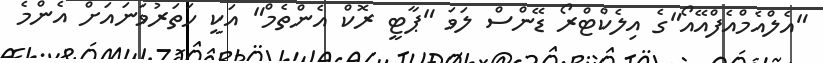
"އެލްއެމްއެފްއޭއޯ"ގެ އިލެކްޓްރޯ ޑޭންސް ލަވަ "ޕާޓީ ރޮކް އެންތެމް" އަކީ ހަތަރުވަނައަށް އެންމެ